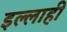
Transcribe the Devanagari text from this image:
इल्लाही